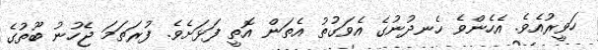
ހަވީރުއެވެ. އެހެންވެ ހެނދުނުގެ އެވަގުތު އެތަން އޮތީ ފަޅަށެވެ. ފުރަތަމަ ޖެހުނު ބޫތުގެ